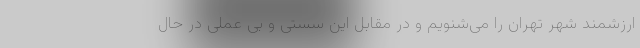
ارزشمند شهر تهران را می‌شنویم و در مقابل این سستی و بی عملی در حال